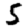
Digit: 5